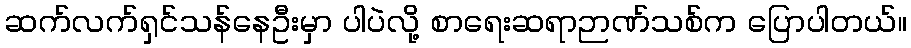
ဆက်လက်ရှင်သန်နေဦးမှာ ပါပဲလို့ စာရေးဆရာဉာဏ်သစ်က ပြောပါတယ်။